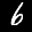
Label: 6